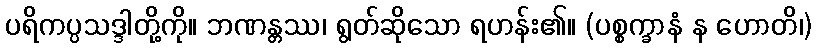
ပရိကပ္ပသဒ္ဒါတို့ကို။ ဘဏန္တဿ၊ ရွတ်ဆိုသော ရဟန်း၏။ (ပစ္စက္ခာနံ န ဟောတိ၊)